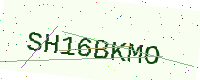
Text: SH16BKMO